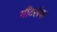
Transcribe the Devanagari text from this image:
मौंटसेक